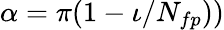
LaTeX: \alpha=\pi(1-\iota/N_{fp}))